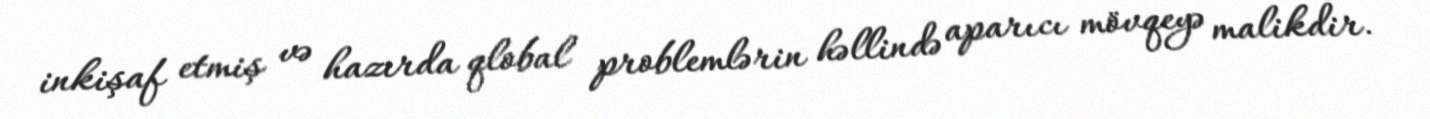
inkişaf etmiş və hazırda qlobal problemlərin həllində aparıcı mövqeyə malikdir.